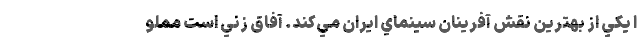
ا يکي از بهترين نقش آفرينان سينماي ايران مي‌کند. آفاق زني است مملو